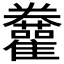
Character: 𩁫